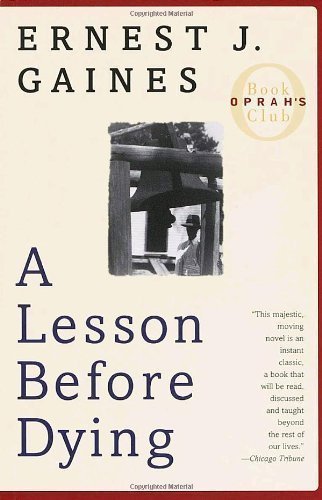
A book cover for A Lesson Before Dying (Oprah's Book Club) 1st (first) Edition by Gaines, Ernest J. published by Vintage (1997); Politics & Social Sciences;